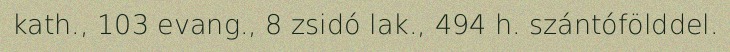
kath., 103 evang., 8 zsidó lak., 494 h. szántófölddel.